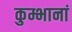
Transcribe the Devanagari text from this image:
कुम्भानां